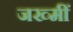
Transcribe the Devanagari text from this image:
जख्मीं